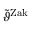
\tilde { \vartheta } ^ { \mathrm { Z a k } }